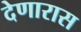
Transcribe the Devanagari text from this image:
देणारास